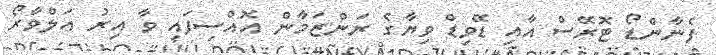
ފެނާންޑޯ ޓޮރޭސް އާއި ޑޭވިޑް ވިޔާގެ ރަންޒަމާން އޮއްސިފައި ވާ އިރު އަލްވާރޯ